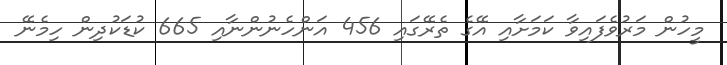
މީހުން މަރުވެފައިވާ ކަމަށާއި އޭގެ ތެރޭގައި 456 އަންހެނުންނާއި 665 ކުޑަކުދިން ހިމެނޭ